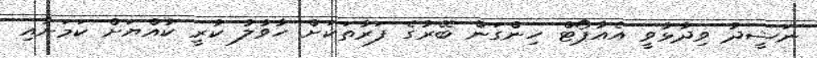
ނަޝީދު ވިދާޅުވީ އެއާޕޯޓް ހިންގަން ބޭރުގެ ފަރާތަކަށް ހާވާލު ކުރީ ކުއްޔަށް ކަމަށާއި